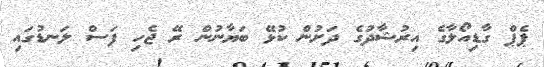
ޕެޕް ގާޑިއޯލާގެ އިރުޝާދުގެ ދަށުން ކުޅޭ ބަޔާނުން ރޭ ޖެހި ފަސް ލަނޑުގައި